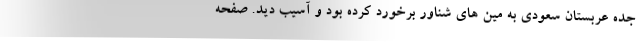
جده عربستان سعودی به مین های شناور برخورد کرده بود و آسیب دید. صفحه